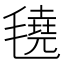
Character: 𬇆